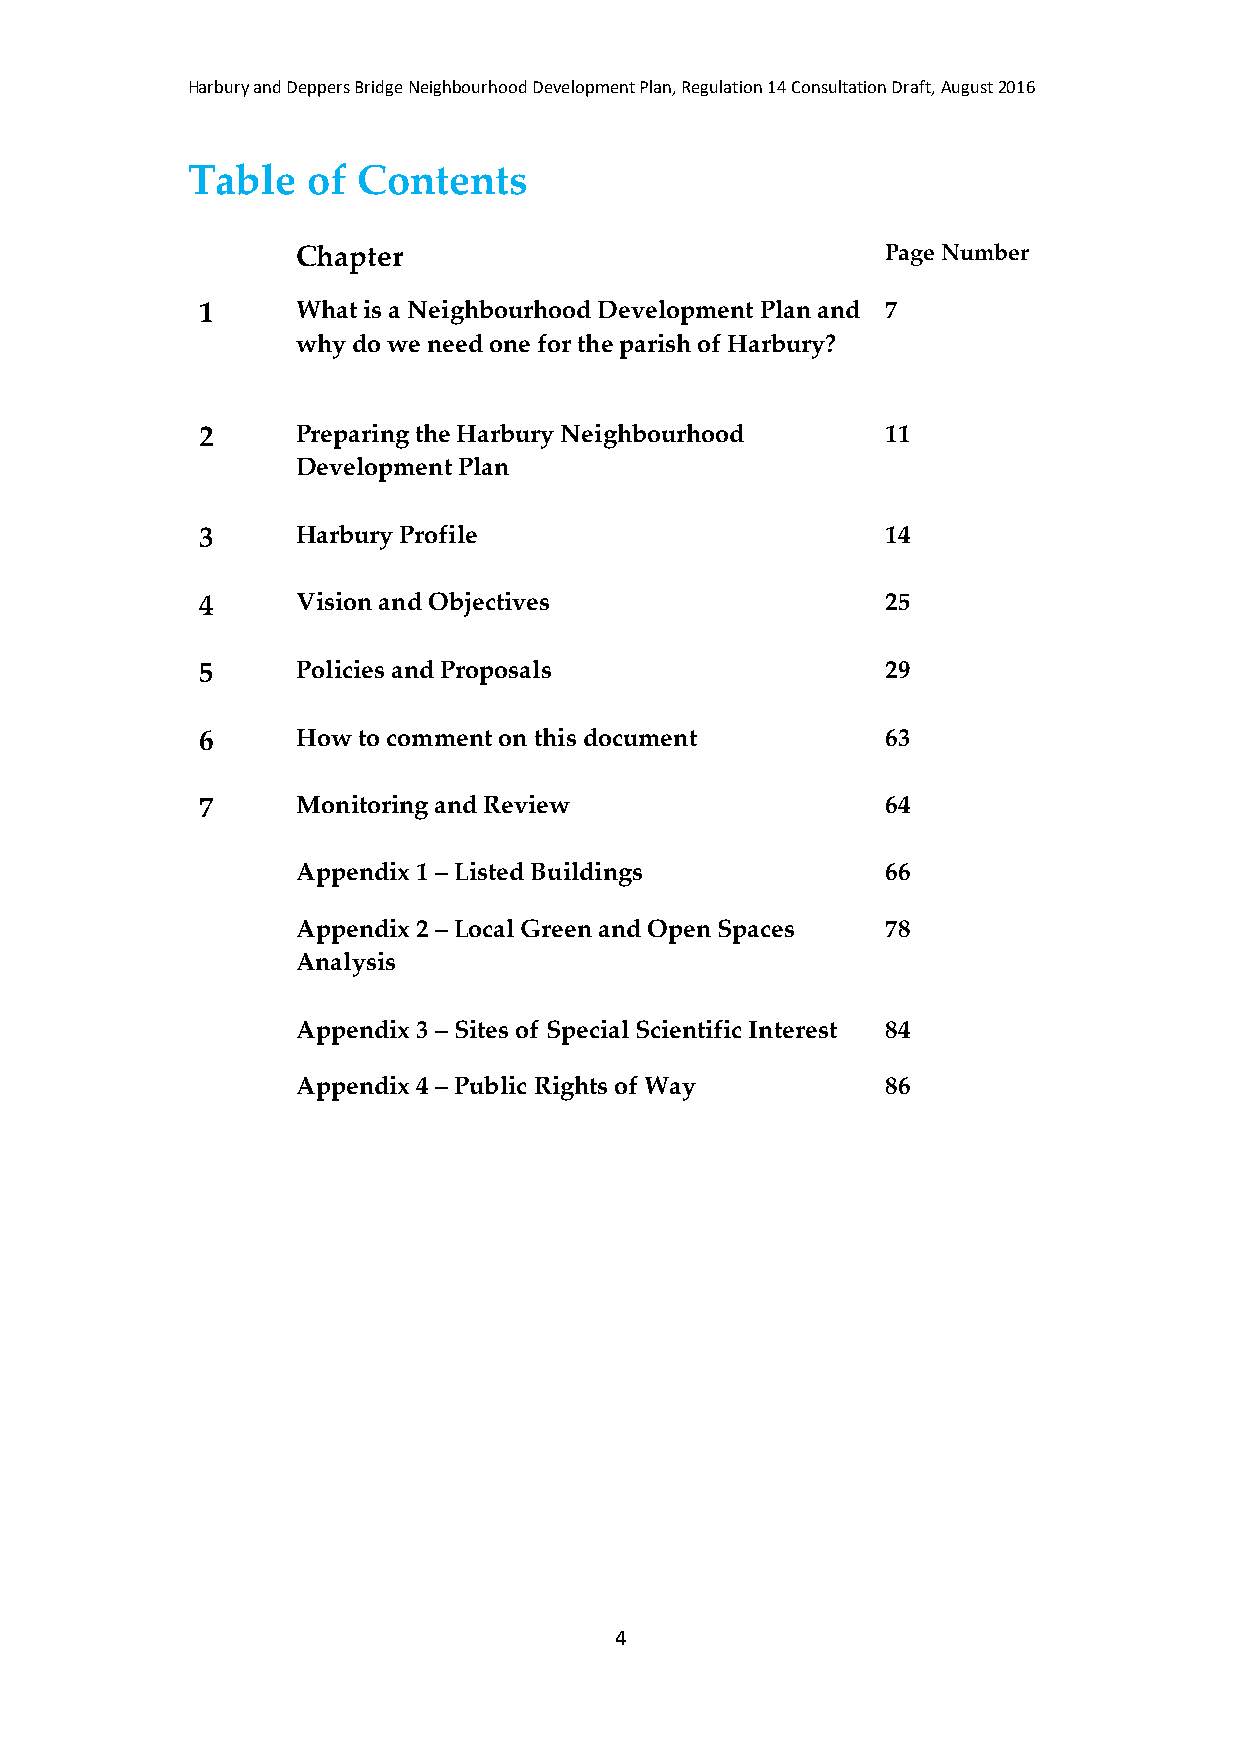
Harbury and Deppers Bridge Neighbourhood Development Plan, Regulation 14 Consultation Draft, August 2016
 Table   of  Contents
 Chapter                                Page Number
 1      What is a Neighbourhood Development Plan and 7
 why do we need one for the parish of Harbury?
 2      Preparing the Harbury Neighbourhood    11
 Development Plan
 3      Harbury Profile                        14
 4      Vision and Objectives                  25
 5      Policies and Proposals                 29
 6      How to comment on this document        63
 7      Monitoring and Review                  64
 Appendix 1 – Listed Buildings          66
 Appendix 2 – Local Green and Open Spaces 78
 Analysis
 Appendix 3 – Sites of Special Scientific Interest 84
 Appendix 4 – Public Rights of Way      86
 4